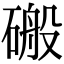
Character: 䃑